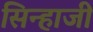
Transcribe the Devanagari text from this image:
सिन्हाजी